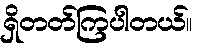
ရှိတတ်ကြပါတယ်။